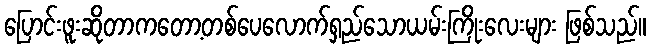
ပြောင်းဖူးဆိုတာကတော့တစ်ပေလောက်ရှည်သောယမ်းကြိုးလေးများ ဖြစ်သည်။